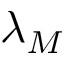
\lambda _ { M }